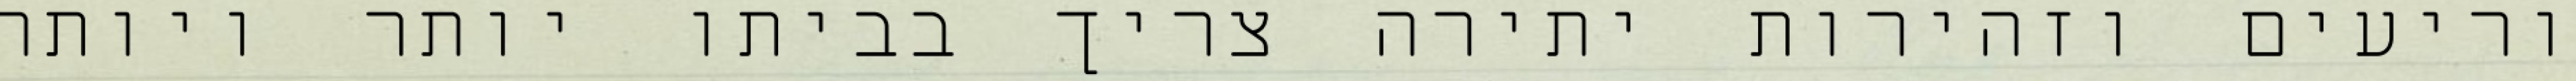
וריעים וזהירות יתירה צריך בביתו יותר ויותר